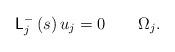
LaTeX: \begin{align*}\mathsf{L}_{j}^{-}\left( s\right) u_{j}=0\qquad\Omega_{j}.\end{align*}